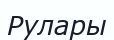
Рулары